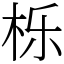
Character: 栎